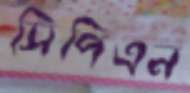
সিপিএন